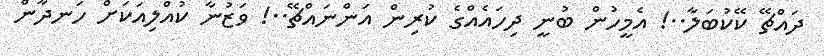
ދައްޗޭ ކޭކުބަލާ..! އެމީހުން ބުނީ ދިހައެއްގެ ކުރިން އަންނައްޗޭ..! ވަޒުނާ ކުއްލިއަކަށް ހަނދާން